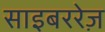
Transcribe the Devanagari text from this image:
साइबररेज़